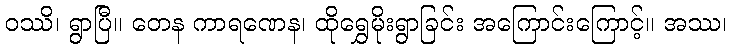
ဝဿိ၊ ရွာပြီ။ တေန ကာရဏေန၊ ထိုရွှေမိုးရွာခြင်း အကြောင်းကြောင့်။ အဿ၊